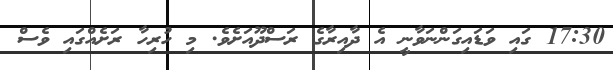
17:30 ގައި ވަޑައިގަންނަވާނީ އެ ދާއިރާގެ ރަސްދޫއަށެވެ. މި ހުރިހާ ރަށެއްގައި ވެސް